Eesti_Vabariigi_Tartu_Ulikool, lk 213
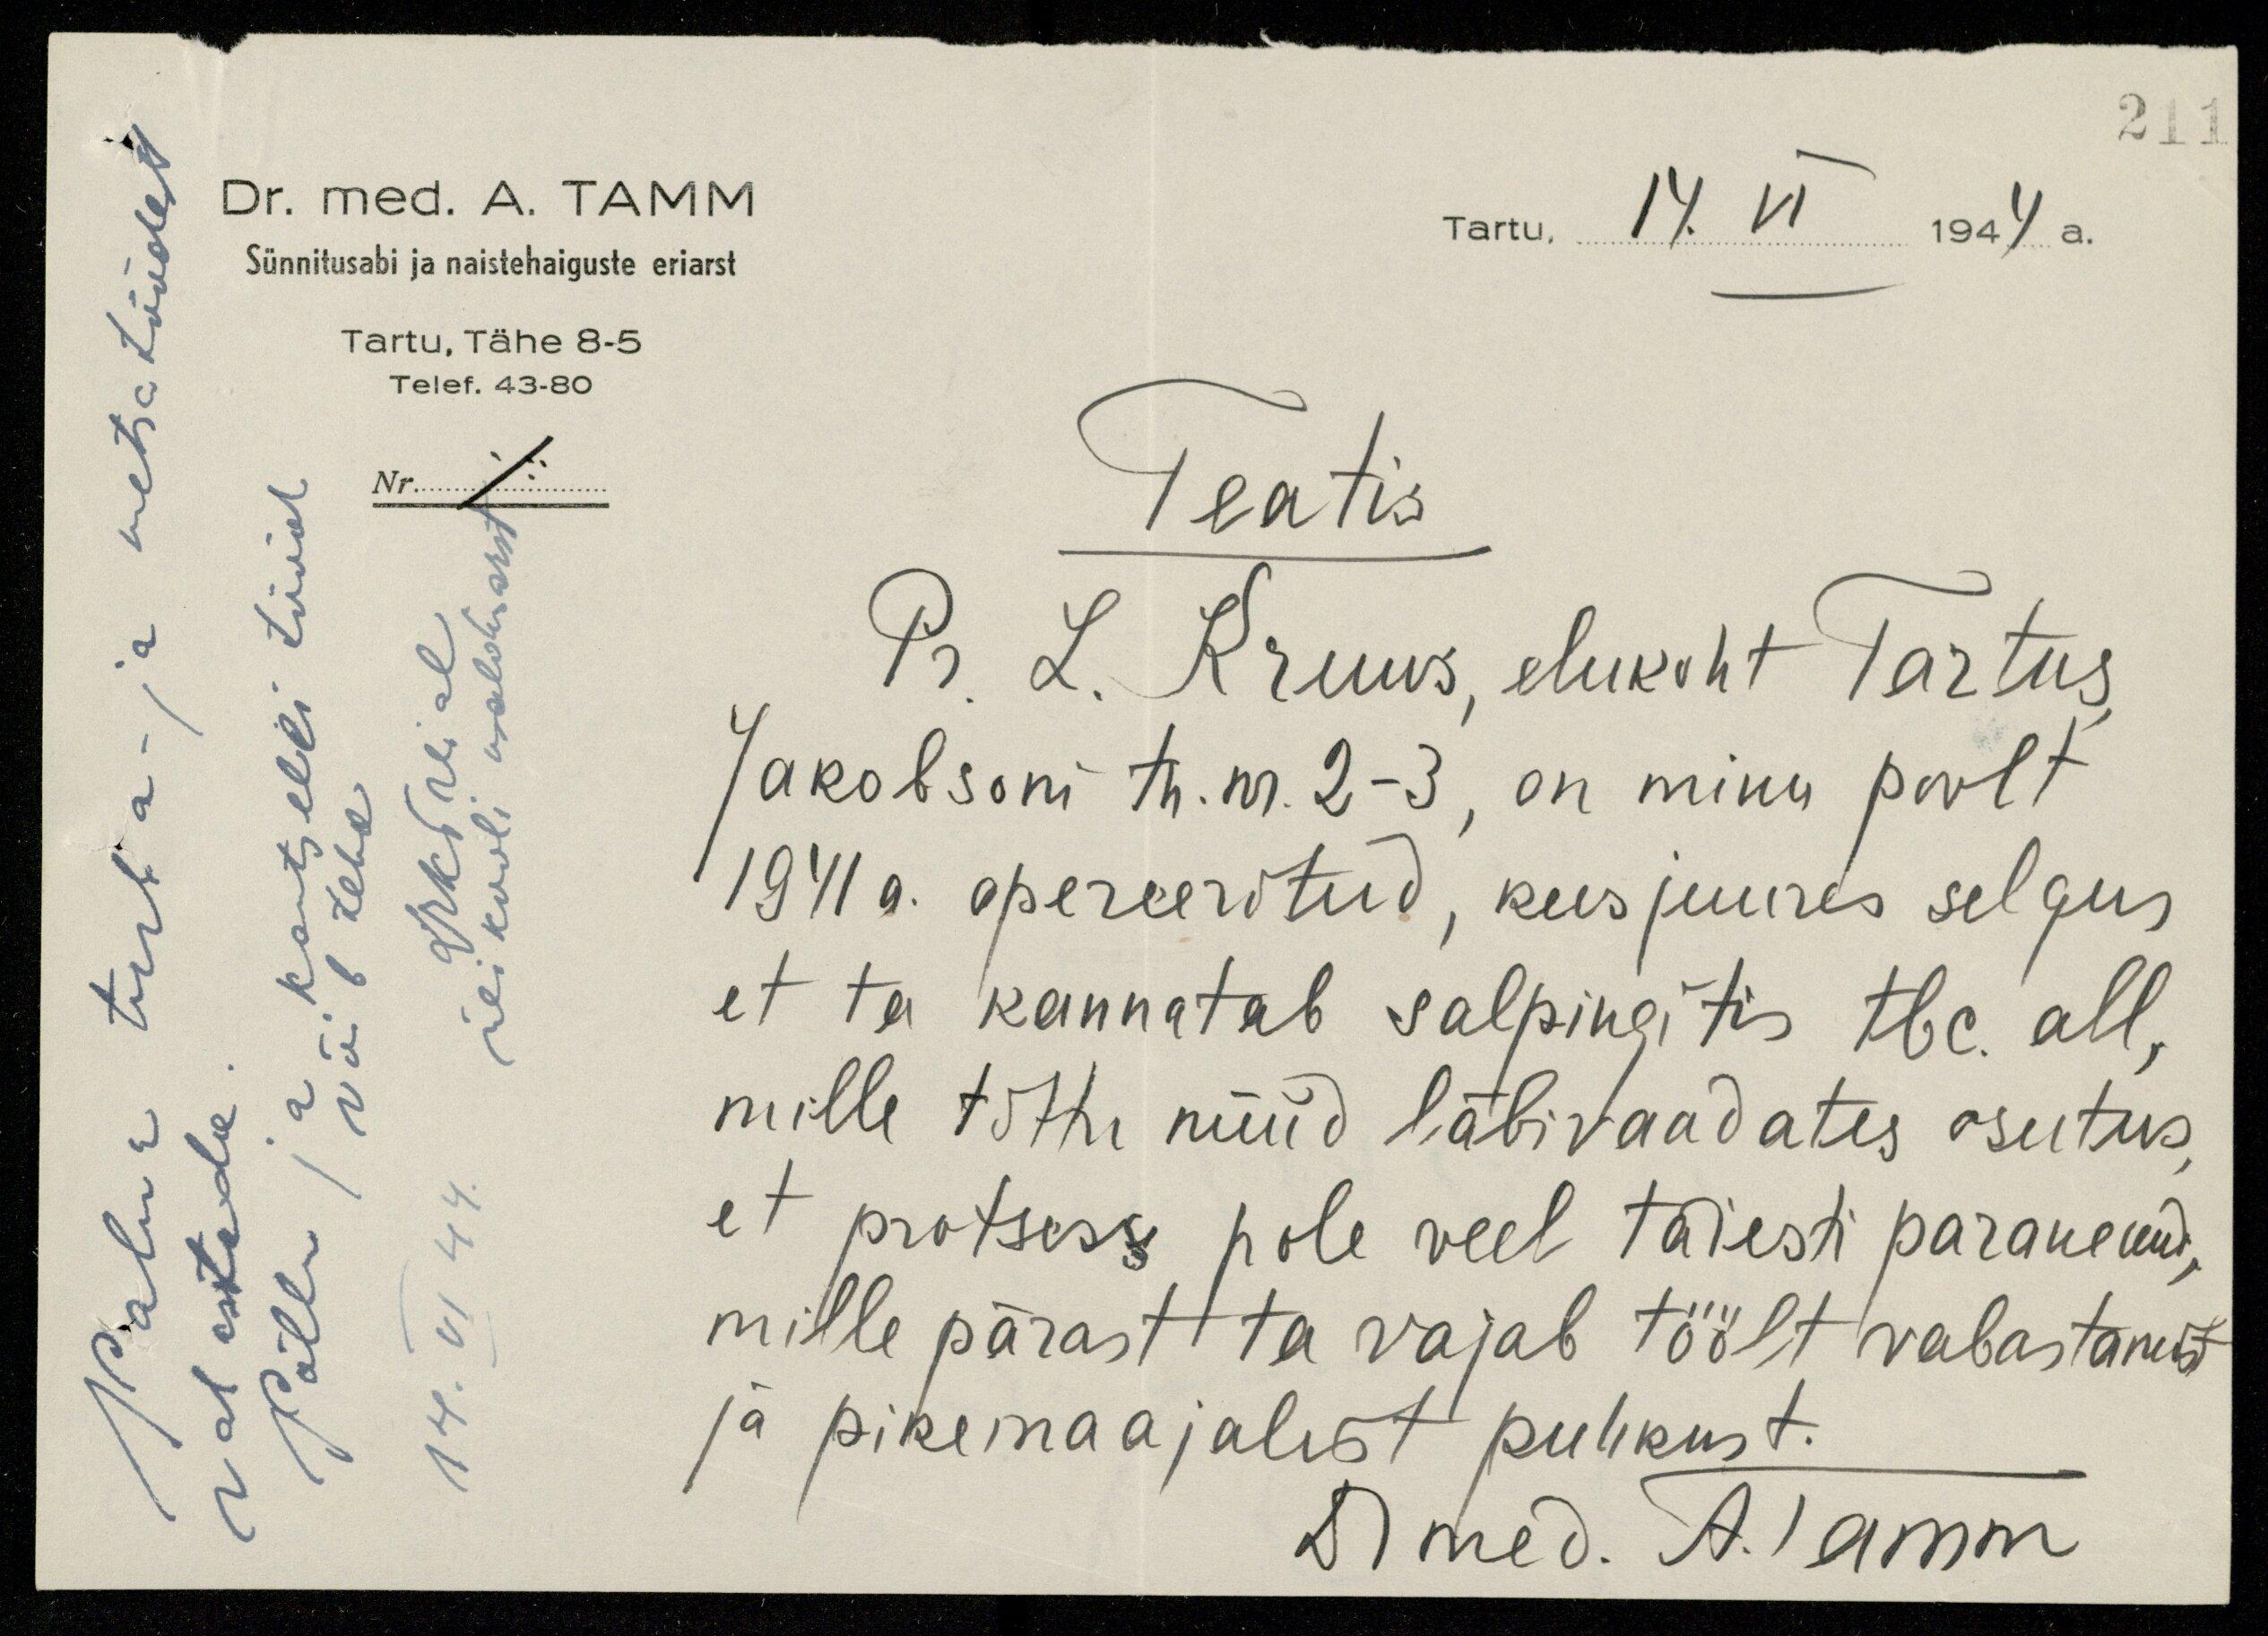
211
Palun turba- ja metsatöödest
Dr. med. A. TAMM.
Tartu, 14. VI 1944 a.
Sünnitusabi ja naistehaiguste eriarst
Tartu, Tähe 8-5
Telet. 43-80
Nr.
Teatis
võib teha
ülikooli osalo arst
Pr. L. Kruus, elukoht Tartus,
Jakobsoni tn. nr. 2-3, on minu poolt
1941 a. opereeritud, kusjuures selgus
et ta kannatab salpingitis tbc. all,
mille tõttu nüüd läbivaadates osutus
et protsess pole veel täiesti paranenud,
mille pärast ta vajab töölt vabastamist
ja pikemaajalist puhkust.
vabastada
Põllu ja kantselei tööd
14. VI 44 drKTreial
Dmed. A. Tamm